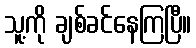
သူ့ကို ချစ်ခင်နေကြပြီ။